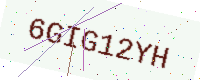
Text: 6GIG12YH